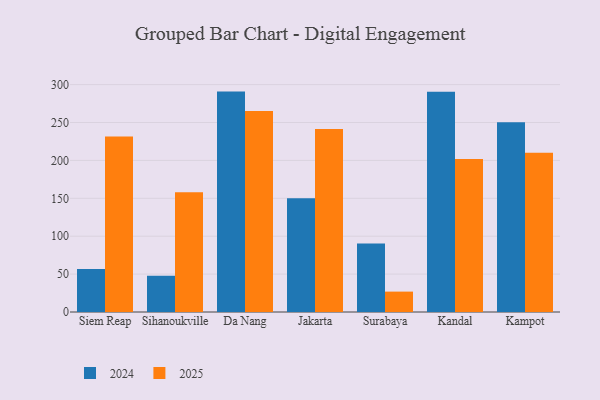
{"axis": {"x": "City", "y": "Operating Costs (USD K)"}, "legend": ["2024", "2025"], "data": [{"x": "Siem Reap", "y": 56.8, "type": "2024"}, {"x": "Siem Reap", "y": 231.4, "type": "2025"}, {"x": "Sihanoukville", "y": 47.9, "type": "2024"}, {"x": "Sihanoukville", "y": 158.0, "type": "2025"}, {"x": "Da Nang", "y": 290.8, "type": "2024"}, {"x": "Da Nang", "y": 265.3, "type": "2025"}, {"x": "Jakarta", "y": 150.2, "type": "2024"}, {"x": "Jakarta", "y": 241.4, "type": "2025"}, {"x": "Surabaya", "y": 90.3, "type": "2024"}, {"x": "Surabaya", "y": 26.9, "type": "2025"}, {"x": "Kandal", "y": 290.6, "type": "2024"}, {"x": "Kandal", "y": 202.0, "type": "2025"}, {"x": "Kampot", "y": 250.4, "type": "2024"}, {"x": "Kampot", "y": 210.1, "type": "2025"}]}